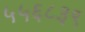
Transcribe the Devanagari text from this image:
५५६८३९